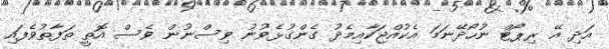
އަދި އޭ ރިޕޯޓް ނުހޯދޭނަމަ އެކުއްޖަކާއިމެދު ގެންގުޅެވުނު ވިސްނުން ވެސް އޮތީ ތަފާތުވެފައި